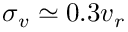
\sigma _ { v } \simeq 0 . 3 v _ { r }